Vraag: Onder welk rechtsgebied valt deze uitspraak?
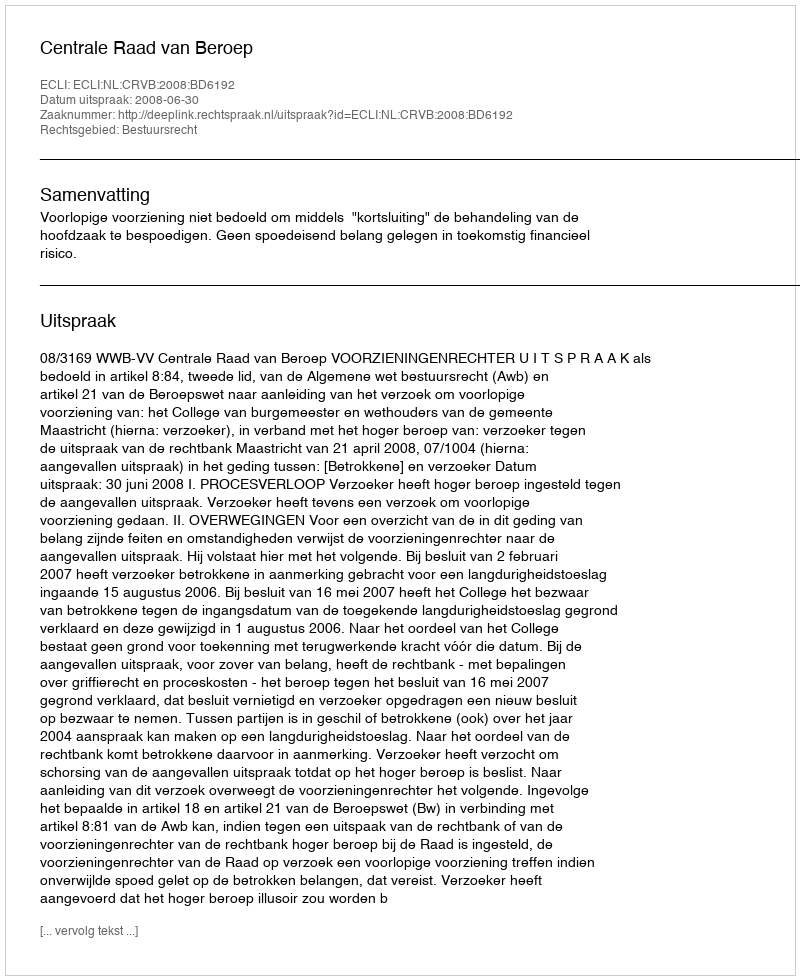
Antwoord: Bestuursrecht